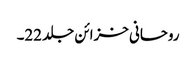
روحانی خزائن جلد 22۔